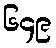
၆၄၉